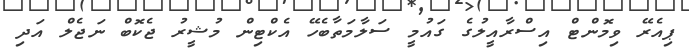
ޕިއެރޭ ވިމޮންޓް އިސްރާއީލުގެ ގައުމީ ސަލާމަތާބެހޭ އެކްޓިން މުޝީރު ޖެކޮބް ނަޖެލް އަދި